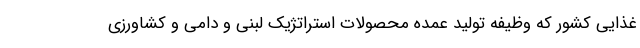
غذایی کشور که وظیفه تولید عمده محصولات استراتژیک لبنی و دامی و کشاورزی